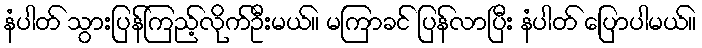
နံပါတ် သွားပြန်ကြည့်လိုက်ဦးမယ်။ မကြာခင် ပြန်လာပြီး နံပါတ် ပြောပါမယ်။